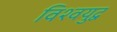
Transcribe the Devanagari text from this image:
विश्‍वयुद्व